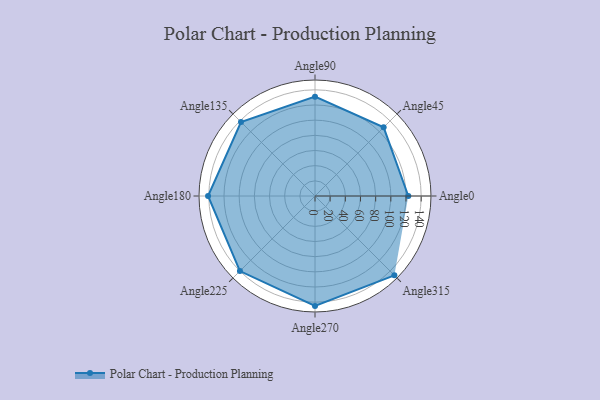
{"axis": {"x": "Angle", "y": "Radius"}, "legend": [""], "data": [{"x": "Angle0", "y": 123.0, "type": ""}, {"x": "Angle45", "y": 128.0, "type": ""}, {"x": "Angle90", "y": 131.0, "type": ""}, {"x": "Angle135", "y": 138.0, "type": ""}, {"x": "Angle180", "y": 141.0, "type": ""}, {"x": "Angle225", "y": 140.0, "type": ""}, {"x": "Angle270", "y": 145.0, "type": ""}, {"x": "Angle315", "y": 148.0, "type": ""}]}